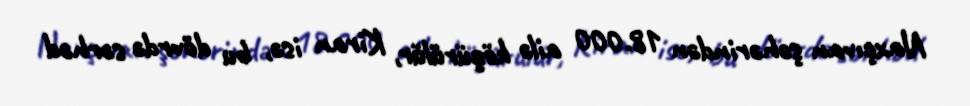
Naxçıvan şəhərindən 18.000 ailə köçürülür, Kiran isə, bu dövrdə sərhəd